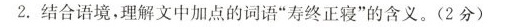
2.结合语境，理解文中加点的词语”寿终正寝”的含义。(2分)_